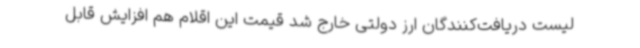
لیست دریافت‌کنندگان ارز دولتی خارج شد قیمت این اقلام هم افزایش قابل‌